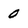
Character: 0